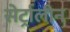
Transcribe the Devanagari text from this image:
सेर्ट्रालीन